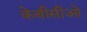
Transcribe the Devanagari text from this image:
केबीसीओ